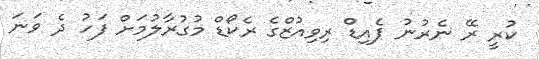
ކުރީ ރޭ ނެރުނު ޕެއިޑް ރިވިއުޒްގެ ރެކޯޑް މުގުރާލުމަށް ފަހު ދެ ވަނަ